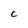
Character: C